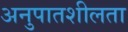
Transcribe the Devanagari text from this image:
अनुपातशीलता